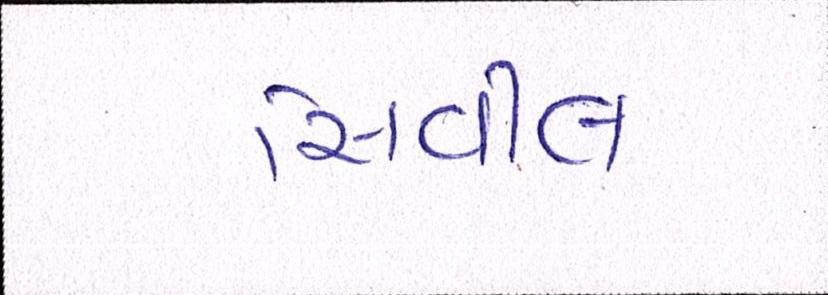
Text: સિવીલ